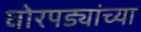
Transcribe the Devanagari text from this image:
घोरपड्यांच्या